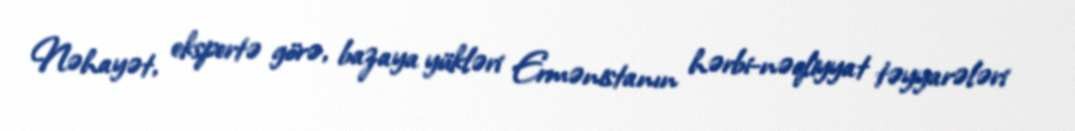
Nəhayət, ekspertə görə, bazaya yükləri Ermənistanın hərbi-nəqliyyat təyyarələri